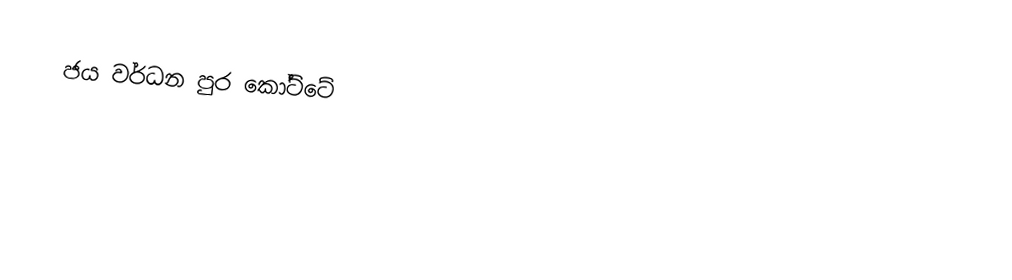
ජය වර්ධන පුර කෝට්ටේ